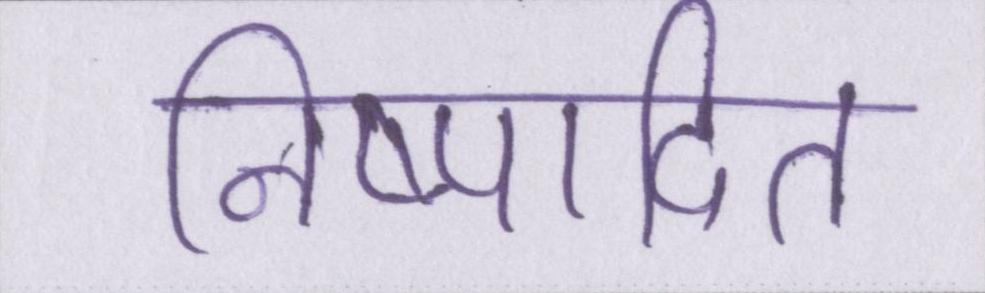
निष्पादित